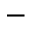
^ -